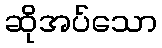
ဆိုအပ်သော